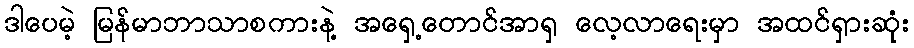
ဒါပေမဲ့ မြန်မာဘာသာစကားနဲ့ အရှေ့တောင်အာရှ လေ့လာရေးမှာ အထင်ရှားဆုံး